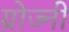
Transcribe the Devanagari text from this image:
ग्रोज्नी